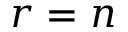
r = n